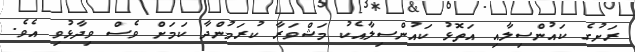
ރަށުގެ ކައުންސިލާއި އަތޮޅު ކައުންސިލާއެކު މަޝްވަރާ ކުރަމުންދާ ކަމަށް ވެސް ވިދާޅުވި އެވެ.